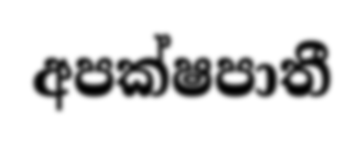
අපක්ෂපාතී